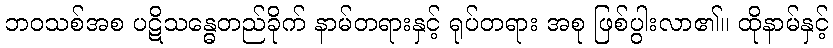
ဘဝသစ်အစ ပဋိသန္ဓေတည်ခိုက် နာမ်တရားနှင့် ရုပ်တရား အစု ဖြစ်ပွါးလာ၏။ ထိုနာမ်နှင့်